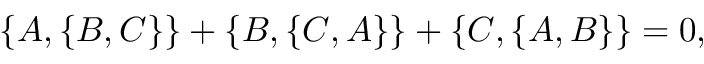
\{ A , \{ B , C \} \} + \{ B , \{ C , A \} \} + \{ C , \{ A , B \} \} = 0 ,